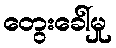
တွေးခေါ်မှု